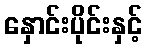
နှောင်းပိုင်းနှင့်